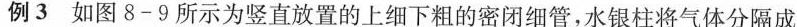
例3如图8-9所示为竖直放置的上细下粗的密闭细管，水银柱将气体分隔成